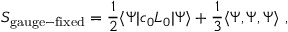
S _ { \mathrm { g a u g e - f i x e d } } = { \frac { 1 } { 2 } } \langle \Psi | c _ { 0 } L _ { 0 } | \Psi \rangle + { \frac { 1 } { 3 } } \langle \Psi , \Psi , \Psi \rangle \ ,